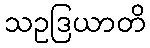
သဥဒြယာတိ